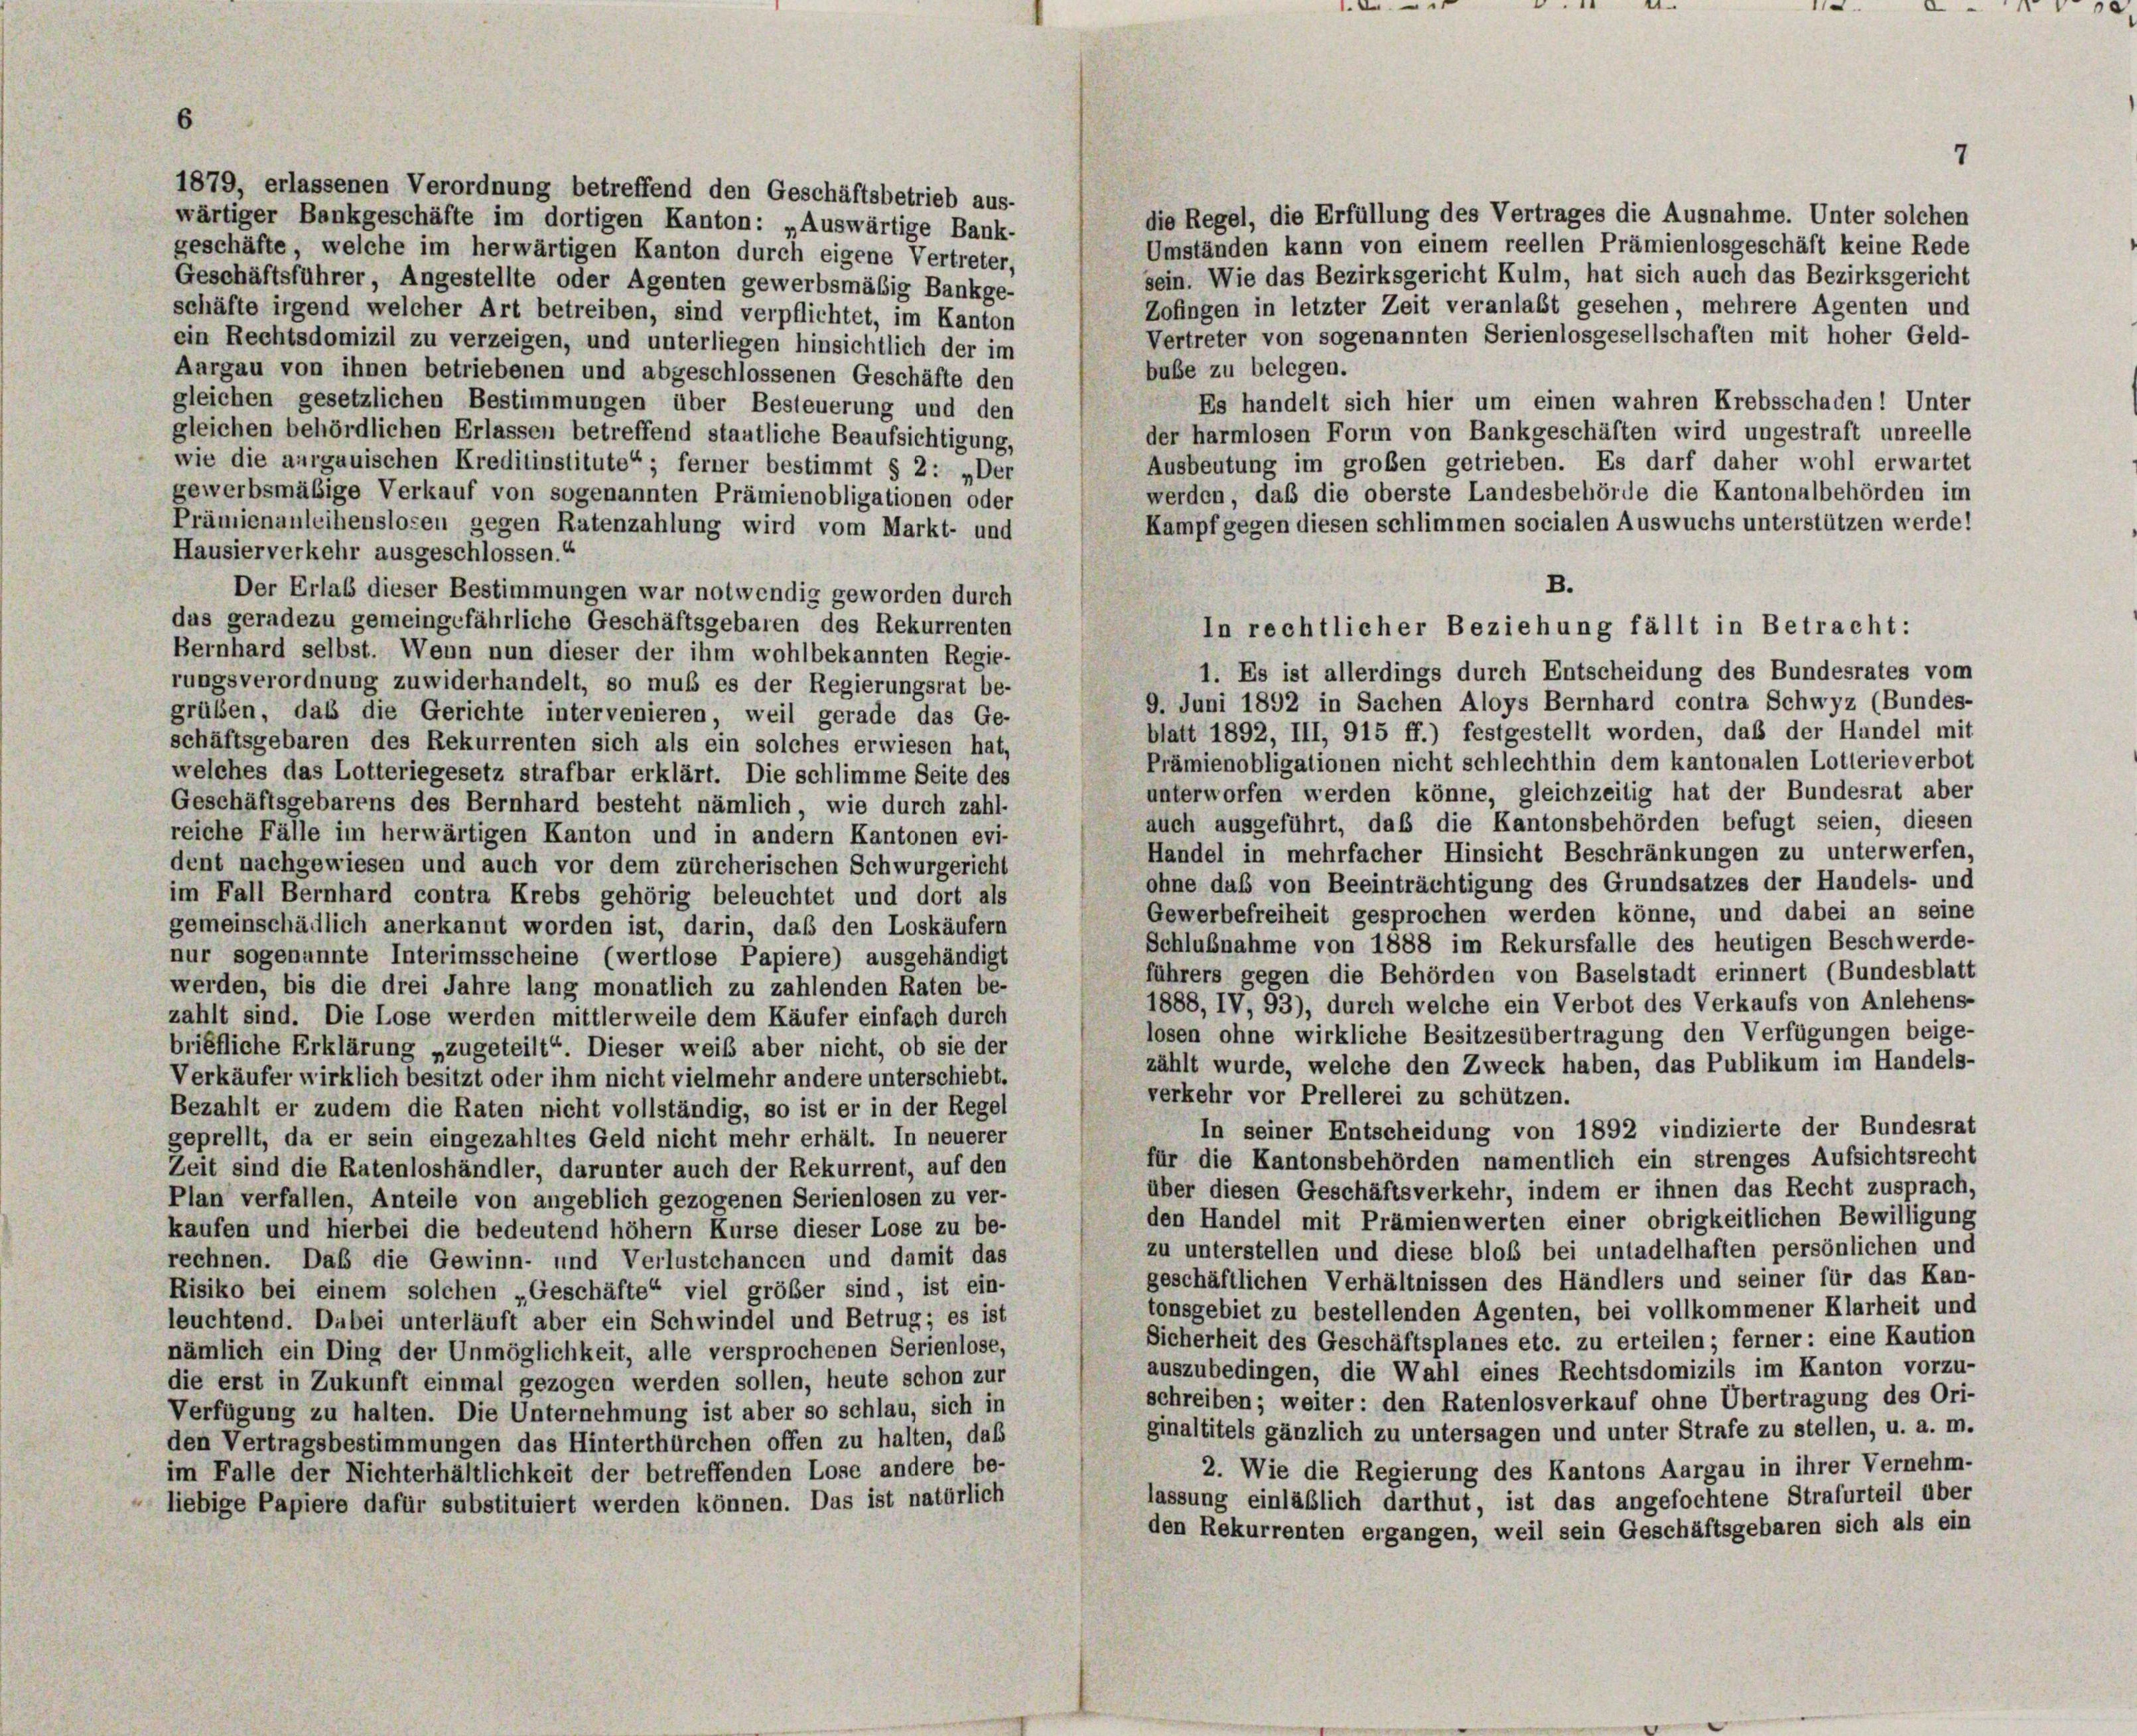
6
7
1879, erlassenen Verordnung betreffend den Geschäftsbetrieb aus-
die Regel, die Erfüllung des Vertrages die Ausnahme. Unter solchen
wärtiger Bankgeschäfte im dortigen Kanton: „Auswärtige Bank-
Umständen kann von einem reellen Prämienlosgeschäft keine Rede
geschäfte, welche im herwärtigen Kanton durch eigene Vertreter,
sein. Wie das Bezirksgericht Kulm, hat sich auch das Bezirksgericht
Geschäftsführer, Angestellte oder Agenten gewerbsmäßig Bankge-
Zofingen in letzter Zeit veranlaßt gesehen, mehrere Agenten und
schäfte irgend welcher Art betreiben, sind verpflichtet, im Kanton
Vertreter von sogenannten Serienlosgesellschaften mit hoher Geld-
ein Rechtsdomizil zu verzeigen, und unterliegen hinsichtlich der im
buße zu belegen.
Aargau von ihnen betriebenen und abgeschlossenen Geschäfte den
Es handelt sich hier um einen wahren Krebsschaden! Unter
gleichen gesetzlichen Bestimmungen über Besteuerung und den
gleichen behördlichen Erlassen betreffend staatliche Beaufsichtigung,
der harmlosen Form von Bankgeschäften wird ungestraft unreelle
Ausbeutung im großen getrieben. Es darf daher wohl erwartet
wie die aurgauischen Kreditinstitute“ ; ferner bestimmt § 2: „Der
werden, daß die oberste Landesbehörde die Kantonalbehörden im
gewerbsmäßige Verkauf von sogenannten Prämienobligationen oder
Kampf gegen diesen schlimmen socialen Auswuchs unterstützen werde!
Prämienanleihenslosen gegen Ratenzahlung wird vom Markt- und
Hausier verkehr ausgeschlossen.“
Der Erlab dieser Bestimmungen war notwendig geworden durch
das geradezu gemeingefährliche Geschäftsgebaren des Rekurrenten
Bernhard selbst. Wenn nun dieser der ihm wohlbekannten Regie-
1. Es ist allerdings durch Entscheidung des Bundesrates vom
rungsverordnung zuwiderhandelt, so muß es der Regierungsrat be-
9. Juni 1892 in Sachen Aloys Bernhard contra Schwyz (Bundes-
grüben, das die Gerichte intervenieren, weil gerade das Ge-
blatt 1892, III, 915 ff.) festgestellt worden, daß der Handel mit
schäftsgebaren des Rekurrenten sich als ein solches erwiesen hat,
Prämienobligationen nicht schlechthin dem kantonalen Lotterieverbot
welches das Lotteriegesetz strafbar erklärt. Die schlimme Seite des
unterworfen werden könne, gleichzeitig hat der Bundesrat aber
Geschäftsgebarens des Bernhard besteht nämlich, wie durch zahl-
auch ausgeführt, daß die Kantonsbehörden befugt seien, diesen
reiche Fälle im herwärtigen Kanton und in andern Kantonen evi-
Handel in mehrfacher Hinsicht Beschränkungen zu unterwerfen,
dent nachgewiesen und auch vor dem zürcherischen Schwurgericht
ohne das von Beeinträchtigung des Grundsatzes der Handels- und
im Fall Bernhard contra Krebs gehörig beleuchtet und dort als
Gewerbefreiheit gesprochen werden könne, und dabei an seine
gemeinschädlich anerkannt worden ist, darin, daß den Loskäufern
Schlußnahme von 1888 im Rekursfalle des heutigen Beschwerde-
nur sogenannte Interimsscheine (wertlose Papiere) ausgehändigt
führers gegen die Behörden von Baselstadt erinnert (Bundesblatt
werden, bis die drei Jahre lang monatlich zu zahlenden Raten be-
1888, IV, 93), durch welche ein Verbot des Verkaufs von Anlehens-
zahlt sind. Die Lose werden mittlerweile dem Käufer einfach durch
losen ohne wirkliche Besitzesübertragung den Verfügungen beige-
briefliche Erklärung „zugeteilt“. Dieser weiß aber nicht, ob sie der
zählt wurde, welche den Zweck haben, das Publikum im Handels-
Verkäufer wirklich besitzt oder ihm nicht vielmehr andere unterschiebt.
verkehr vor Prellerei zu schützen.
Bezahlt er zudem die Raten nicht vollständig, so ist er in der Regel
In seiner Entscheidung von 1892 vindizierte der Bundesrat
geprellt, da er sein eingezahltes Geld nicht mehr erhält. In neuerer
für die Kantonsbehörden namentlich ein strenges Aufsichtsrecht
Zeit sind die Ratenloshändler, darunter auch der Rekurrent, auf den
über diesen Geschäftsverkehr, indem er ihnen das Recht zusprach,
Plan verfallen, Anteile von angeblich gezogenen Serienlosen zu ver-
den Handel mit Prämienwerten einer obrigkeitlichen Bewilligung
kaufen und hierbei die bedeutend höher Kurse dieser Lose zu be-
zu unterstellen und diese bloß bei untadelhaften persönlichen und
rechnen. Daß die Gewinn- und Verlustchancen und damit das
geschäftlichen Verhältnissen des Händlers und seiner für das Kan-
Risiko bei einem solchen „Geschäfte“ viel größer sind, ist ein-
tonsgebiet zu bestellenden Agenten, bei vollkommener Klarheit und
leuchtend. Dabei unterläuft aber ein Schwindel und Betrug; es ist
Sicherheit des Geschäftsplanes etc. zu erteilen; ferner: eine Kaution
nämlich ein Ding der Unmöglichkeit, alle versprochenen Serienlose,
auszubedingen, die Wahl eines Rechtsdomizils im Kanton vorzu-
die erst in Zukunft einmal gezogen werden sollen, heute schon zur
schreiben; weiter: den Ratenlosverkauf ohne Übertragung des Ori-
Verfügung zu halten. Die Unternehmung ist aber so schlau, sich in
ginaltitels gänzlich zu untersagen und unter Strafe zu stellen, u. a. m.
den Vertragsbestimmungen das Hinterthürchen offen zu halten, daß
2. Wie die Regierung des Kantons Aargau in ihrer Vernehm-
im Falle der Nichterhältlichkeit der betreffenden Lose andere be-
lassung einläßlich darthut, ist das angefochtene Strafurteil über
liebige Papiere dafür substituiert werden können. Das ist natürlich
den Rekurrenten ergangen, weil sein Geschäftsgebaren sich als ein

B.
In rechtlicher Beziehung fällt in Betracht:

e